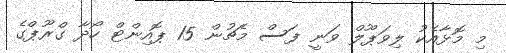
މި މޮޅާއެކު ލިވަޕޫލް ވަނީ ފަސް މެޗުން 15 ޕޮއިންޓް ހޯދާ ގްރޫޕްގެ